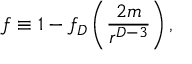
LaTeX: f \equiv 1 - f _ { D } \left( { \frac { 2 m } { r ^ { D - 3 } } } \right) ,